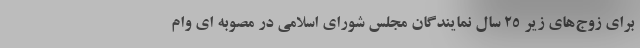
برای زوج‌های زیر ۲۵ سال نمایندگان مجلس شورای اسلامی در مصوبه ای وام